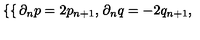
\left\{ \begin{cases} { \partial _ { n } p = 2 p _ { n + 1 } , } \\ { \partial _ { n } q = - 2 q _ { n + 1 } , } \\ \end{cases} \right.